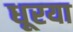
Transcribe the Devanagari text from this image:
धूरया